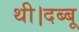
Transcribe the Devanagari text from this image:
थी।दब्बू